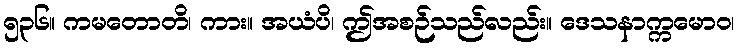
၅၃၆။ ကမတောတိ၊ ကား။ အယံပိ၊ ဤအစဉ်သည်လည်း။ ဒေသနာက္ကမောဝ၊